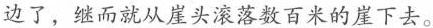
边了，继而就从崖头滚落数百米的崖下去。